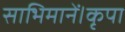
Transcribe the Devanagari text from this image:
साभिमानें।कृपा